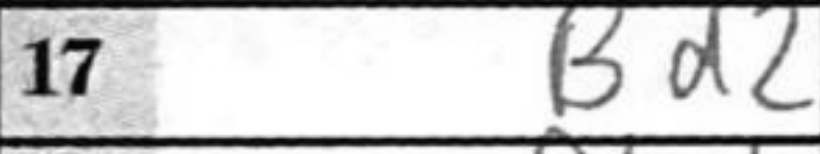
Transcription: B2